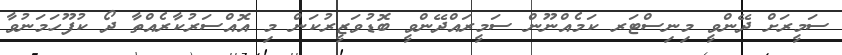
ސަމީރަށް ދޭންވީ މިނިސްޓަރ ކަމެއްނޫން ސަމީރައްދޭންވީ ބޮޑުވަޒީރުކަން މި އޮއްސަރުކާރެއްތާ ދޯ ކުފޫހަމަނުވާ